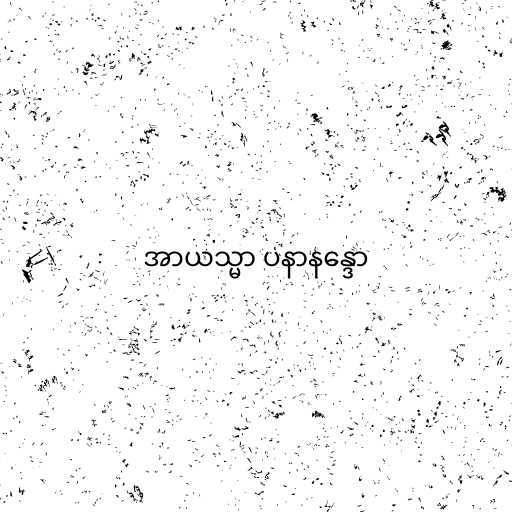
အာယသ္မာ ပနာနန္ဒော